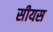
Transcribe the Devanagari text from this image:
सीयस